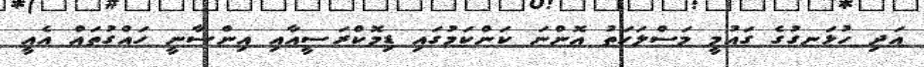
އަދި ހުޅަނގުގެ ގައުމީ މަސްލަހަތު އޮންނަ ކަންކަމުގައި ޑިމޮކްރަސީއާއި އިންސާނީ ހައްގުތައް އެއީ